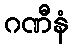
ဂဏီနံ